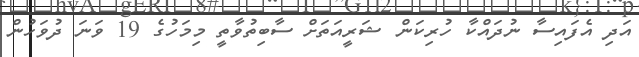
އަދި އެފައިސާ ނުދައްކާ ހުރިކަން ޝަރީއަތަށް ސާބިތުވާތީ މިމަހުގެ 19 ވަނަ ދުވަހުން